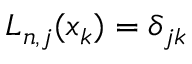
L _ { n , j } ( x _ { k } ) = \delta _ { j k }